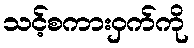
သင့်စကားဝှက်ကို